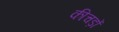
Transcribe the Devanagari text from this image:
कीचड़ों